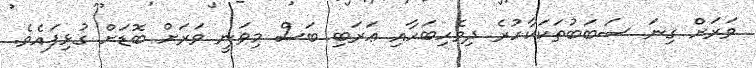
ވަރަށް ގިނަ ސަބަބުތަކަކާހުރެ ދިވެހިބަހާއި ޢަރަބި ބަސް މިވަނީ ވަރަށް ބޮޑަށް ގުޅިފައެވެ.